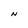
Character: N